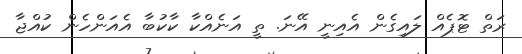
ރަތް ޓޮޕެއް ލައިގެން އެއިނީ އޭނަ. ތީ އަނެއްކާ ކާކުބާ އެއަންހެން ކުއްޖާ